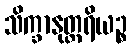
သိက္ခာနုတ္တရိယဉ္စ